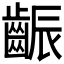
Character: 𪘝